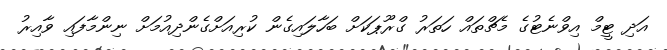
އަދި ޓީމް އިވްނެޓުގެ މެޗްތައް ހަތަރު ގްރޫޕަކަށް ބަހާލައިގެން ކުރިއަށްގެންދިއުމަށް ނިންމާފައި ވާއިރު